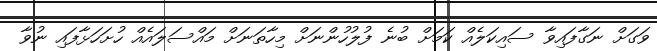
ވަގަށް ނަގާފައިވާ ސައިކަލެއް ކަމަށް ބުނެ ފުލުހުންނަށް މިހާތަނަށް މައްސަލައެއް ހުށަހަޅާފައި ނުވާ